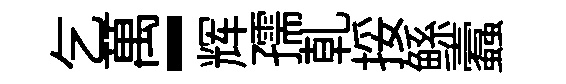
乞萬-辉孺乹挼鲧蠧